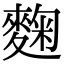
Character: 麴